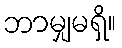
ဘာမျှမရှိ။